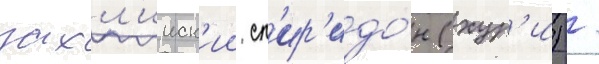
захл'ииск'ии сп'ир'идо́н (хур'и) /